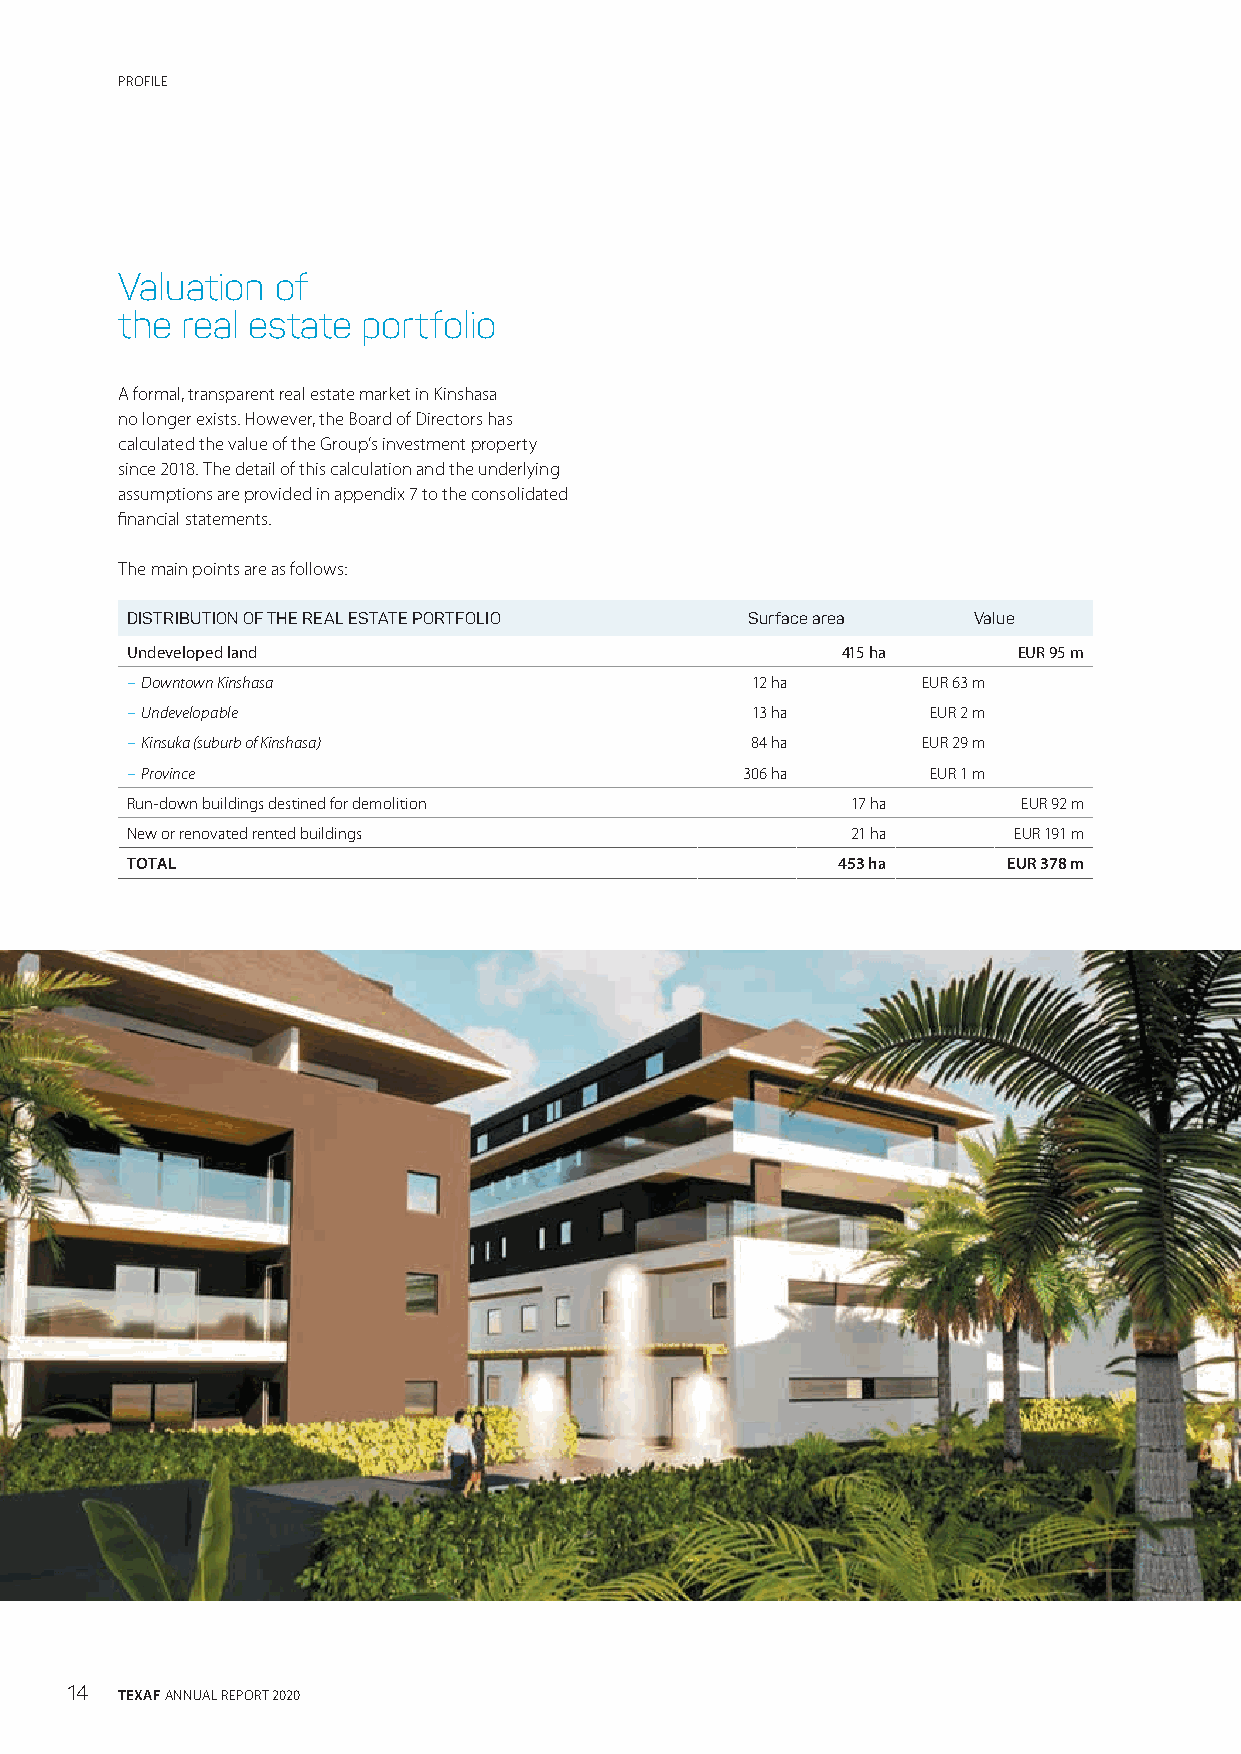
PROFILE
 Valuation of
 the real estate portfolio
 A formal, transparent real estate market in Kinshasa
 no longer exists. However, the Board of Directors has
 calculated the value of the Group’s investment property
 since 2018. The detail of this calculation and the underlying
 assumptions are provided in appendix 7 to the consolidated
 financial statements.
 The main points are as follows:
 DISTRIBUTION OF THE REAL ESTATE PORTFOLIO Surface area  Value
 Undeveloped land                                415 ha     EUR 95 m
 – Downtown Kinshasa                       12 ha      EUR 63 m
 – Undevelopable                           13 ha       EUR 2 m
 – Kinsuka (suburb of Kinshasa)            84 ha      EUR 29 m
 – Province                               306 ha       EUR 1 m
 Run-down buildings destined for demolition      17 ha       EUR 92 m
 New or renovated rented buildings               21 ha      EUR 191 m
 TOTAL                                          453 ha      EUR 378 m
 14  TEXAF ANNUAL REPORT 2020